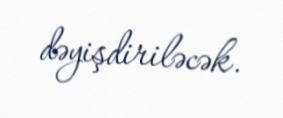
dəyişdiriləcək.